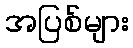
အပြစ်များ